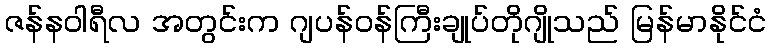
ဇန်နဝါရီလ အတွင်းက ဂျပန်ဝန်ကြီးချုပ်တိုဂျိုသည် မြန်မာနိုင်ငံ